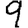
Digit: 9